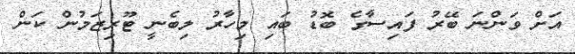
އަށް ވަންނަ ބޭރު ފައިސާގެ ބޮޑު ބައި މިހާރު ލިބެނީ ޓޫރިޒަމުން ކަން